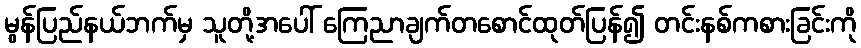
မွန်ပြည်နယ်ဘက်မှ သူတို့အပေါ် ကြေညာချက်တစောင်ထုတ်ပြန်၍ တင်းနစ်ကစားခြင်းကို